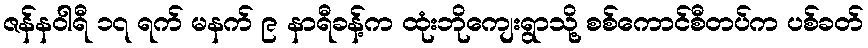
ဇန်နဝါရီ ၁၇ ရက် မနက် ၉ နာရီခန့်က ထုံးဘိုကျေးရွာသို့ စစ်ကောင်စီတပ်က ပစ်ခတ်